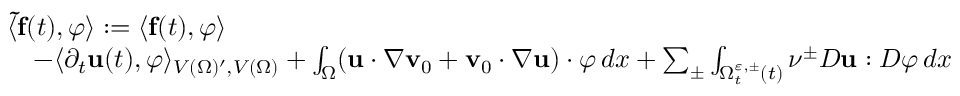
\begin{array} { r l } & { \langle \mathbf { \tilde { f } } ( t ) , \boldsymbol \varphi \rangle : = \langle \mathbf { f } ( t ) , \boldsymbol \varphi \rangle } \\ & { \quad - \langle \partial _ { t } \mathbf { u } ( t ) , \boldsymbol { \varphi } \rangle _ { V ( \Omega ) ^ { \prime } , V ( \Omega ) } + \int _ { \Omega } ( \mathbf { u } \cdot \nabla \mathbf { v } _ { 0 } + \mathbf { v } _ { 0 } \cdot \nabla \mathbf { u } ) \cdot \boldsymbol { \varphi } \, d x + \sum _ { \pm } \int _ { \Omega _ { t } ^ { \ensuremath { \varepsilon } , \pm } ( t ) } \nu ^ { \pm } D \mathbf { u } : D \boldsymbol { \varphi } \, d x } \end{array}